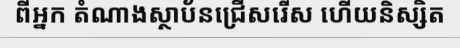
ពីអ្នក តំណាងស្ថាប័នជ្រើសរើស ហើយនិស្សិត